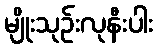
မျိုးသုဉ်းလုနီးပါး